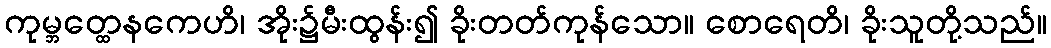
ကုမ္ဘတ္ထေနကေဟိ၊ အိုး၌မီးထွန်း၍ ခိုးတတ်ကုန်သော။ စောရေတိ၊ ခိုးသူတို့သည်။